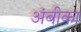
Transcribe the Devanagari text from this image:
अंबीका